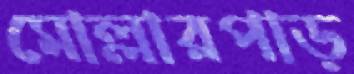
মোল্লারপাড়